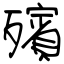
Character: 殯